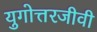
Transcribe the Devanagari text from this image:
युगोत्तरजीवी